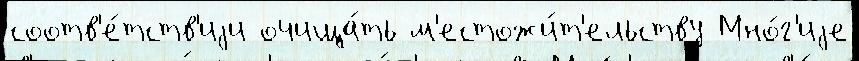
соотв'е́тств'иjи очища́ть м'естожи́т'ельству Мно́г'иjе